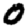
Digit: 0